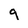
Character: q